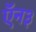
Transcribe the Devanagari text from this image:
ऍन३